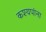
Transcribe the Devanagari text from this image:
कश्यपांना